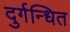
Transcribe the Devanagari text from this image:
दुर्गन्धित